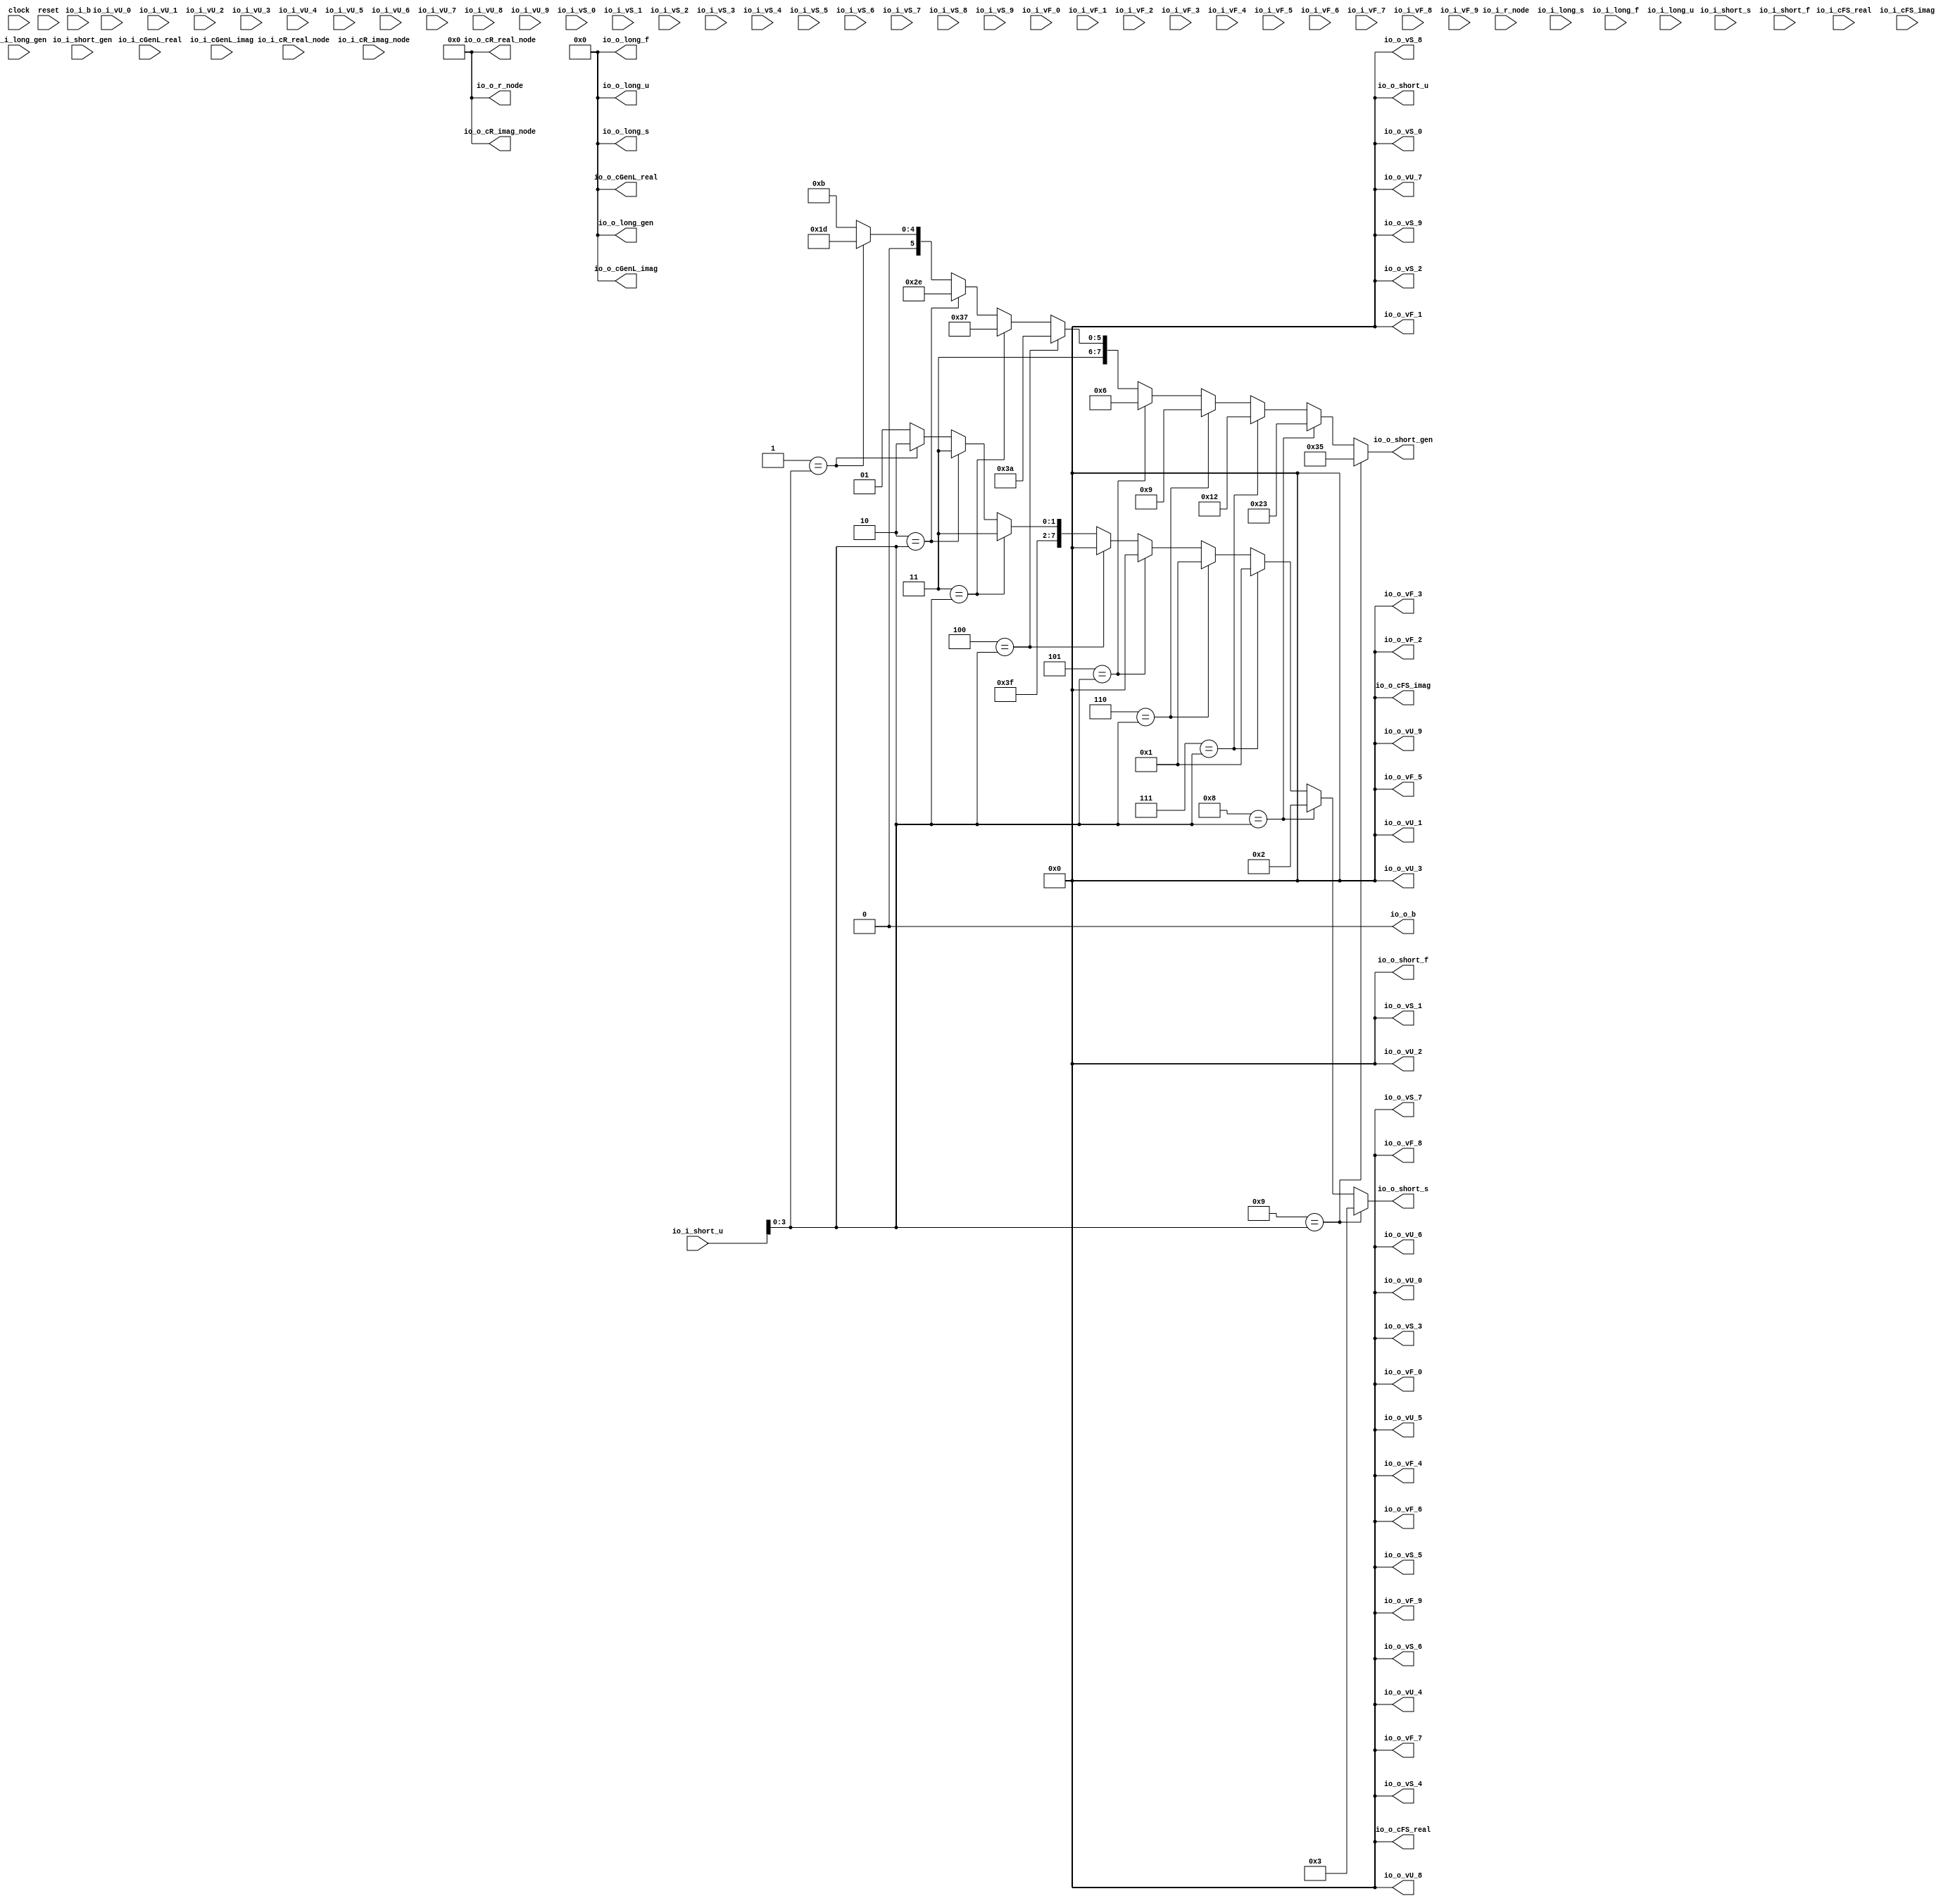
module SimpleLitModule(
  input         clock,
  input         reset,
  input  [63:0] io_i_r_node,
  input         io_i_b,
  input  [15:0] io_i_cGenL_real,
  input  [15:0] io_i_cGenL_imag,
  input  [7:0]  io_i_cFS_real,
  input  [7:0]  io_i_cFS_imag,
  input  [63:0] io_i_cR_real_node,
  input  [63:0] io_i_cR_imag_node,
  input  [7:0]  io_i_short_gen,
  input  [7:0]  io_i_short_s,
  input  [7:0]  io_i_short_f,
  input  [7:0]  io_i_short_u,
  input  [15:0] io_i_long_gen,
  input  [15:0] io_i_long_s,
  input  [15:0] io_i_long_f,
  input  [15:0] io_i_long_u,
  input  [7:0]  io_i_vU_0,
  input  [7:0]  io_i_vU_1,
  input  [7:0]  io_i_vU_2,
  input  [7:0]  io_i_vU_3,
  input  [7:0]  io_i_vU_4,
  input  [7:0]  io_i_vU_5,
  input  [7:0]  io_i_vU_6,
  input  [7:0]  io_i_vU_7,
  input  [7:0]  io_i_vU_8,
  input  [7:0]  io_i_vU_9,
  input  [7:0]  io_i_vS_0,
  input  [7:0]  io_i_vS_1,
  input  [7:0]  io_i_vS_2,
  input  [7:0]  io_i_vS_3,
  input  [7:0]  io_i_vS_4,
  input  [7:0]  io_i_vS_5,
  input  [7:0]  io_i_vS_6,
  input  [7:0]  io_i_vS_7,
  input  [7:0]  io_i_vS_8,
  input  [7:0]  io_i_vS_9,
  input  [7:0]  io_i_vF_0,
  input  [7:0]  io_i_vF_1,
  input  [7:0]  io_i_vF_2,
  input  [7:0]  io_i_vF_3,
  input  [7:0]  io_i_vF_4,
  input  [7:0]  io_i_vF_5,
  input  [7:0]  io_i_vF_6,
  input  [7:0]  io_i_vF_7,
  input  [7:0]  io_i_vF_8,
  input  [7:0]  io_i_vF_9,
  output [63:0] io_o_r_node,
  output        io_o_b,
  output [15:0] io_o_cGenL_real,
  output [15:0] io_o_cGenL_imag,
  output [7:0]  io_o_cFS_real,
  output [7:0]  io_o_cFS_imag,
  output [63:0] io_o_cR_real_node,
  output [63:0] io_o_cR_imag_node,
  output [7:0]  io_o_short_gen,
  output [7:0]  io_o_short_s,
  output [7:0]  io_o_short_f,
  output [7:0]  io_o_short_u,
  output [15:0] io_o_long_gen,
  output [15:0] io_o_long_s,
  output [15:0] io_o_long_f,
  output [15:0] io_o_long_u,
  output [7:0]  io_o_vU_0,
  output [7:0]  io_o_vU_1,
  output [7:0]  io_o_vU_2,
  output [7:0]  io_o_vU_3,
  output [7:0]  io_o_vU_4,
  output [7:0]  io_o_vU_5,
  output [7:0]  io_o_vU_6,
  output [7:0]  io_o_vU_7,
  output [7:0]  io_o_vU_8,
  output [7:0]  io_o_vU_9,
  output [7:0]  io_o_vS_0,
  output [7:0]  io_o_vS_1,
  output [7:0]  io_o_vS_2,
  output [7:0]  io_o_vS_3,
  output [7:0]  io_o_vS_4,
  output [7:0]  io_o_vS_5,
  output [7:0]  io_o_vS_6,
  output [7:0]  io_o_vS_7,
  output [7:0]  io_o_vS_8,
  output [7:0]  io_o_vS_9,
  output [7:0]  io_o_vF_0,
  output [7:0]  io_o_vF_1,
  output [7:0]  io_o_vF_2,
  output [7:0]  io_o_vF_3,
  output [7:0]  io_o_vF_4,
  output [7:0]  io_o_vF_5,
  output [7:0]  io_o_vF_6,
  output [7:0]  io_o_vF_7,
  output [7:0]  io_o_vF_8,
  output [7:0]  io_o_vF_9
);
  wire [7:0] _GEN_1 = 4'h1 == io_i_short_u[3:0] ? $signed(-8'sh23) : $signed(-8'sh35); // @[SimpleTBwGenTypeOption.scala 173:18 SimpleTBwGenTypeOption.scala 173:18]
  wire [7:0] _GEN_2 = 4'h2 == io_i_short_u[3:0] ? $signed(-8'sh12) : $signed(_GEN_1); // @[SimpleTBwGenTypeOption.scala 173:18 SimpleTBwGenTypeOption.scala 173:18]
  wire [7:0] _GEN_3 = 4'h3 == io_i_short_u[3:0] ? $signed(-8'sh9) : $signed(_GEN_2); // @[SimpleTBwGenTypeOption.scala 173:18 SimpleTBwGenTypeOption.scala 173:18]
  wire [7:0] _GEN_4 = 4'h4 == io_i_short_u[3:0] ? $signed(-8'sh6) : $signed(_GEN_3); // @[SimpleTBwGenTypeOption.scala 173:18 SimpleTBwGenTypeOption.scala 173:18]
  wire [7:0] _GEN_5 = 4'h5 == io_i_short_u[3:0] ? $signed(8'sh6) : $signed(_GEN_4); // @[SimpleTBwGenTypeOption.scala 173:18 SimpleTBwGenTypeOption.scala 173:18]
  wire [7:0] _GEN_6 = 4'h6 == io_i_short_u[3:0] ? $signed(8'sh9) : $signed(_GEN_5); // @[SimpleTBwGenTypeOption.scala 173:18 SimpleTBwGenTypeOption.scala 173:18]
  wire [7:0] _GEN_7 = 4'h7 == io_i_short_u[3:0] ? $signed(8'sh12) : $signed(_GEN_6); // @[SimpleTBwGenTypeOption.scala 173:18 SimpleTBwGenTypeOption.scala 173:18]
  wire [7:0] _GEN_8 = 4'h8 == io_i_short_u[3:0] ? $signed(8'sh23) : $signed(_GEN_7); // @[SimpleTBwGenTypeOption.scala 173:18 SimpleTBwGenTypeOption.scala 173:18]
  wire [7:0] _GEN_11 = 4'h1 == io_i_short_u[3:0] ? $signed(-8'sh2) : $signed(-8'sh3); // @[SimpleTBwGenTypeOption.scala 174:16 SimpleTBwGenTypeOption.scala 174:16]
  wire [7:0] _GEN_12 = 4'h2 == io_i_short_u[3:0] ? $signed(-8'sh1) : $signed(_GEN_11); // @[SimpleTBwGenTypeOption.scala 174:16 SimpleTBwGenTypeOption.scala 174:16]
  wire [7:0] _GEN_13 = 4'h3 == io_i_short_u[3:0] ? $signed(-8'sh1) : $signed(_GEN_12); // @[SimpleTBwGenTypeOption.scala 174:16 SimpleTBwGenTypeOption.scala 174:16]
  wire [7:0] _GEN_14 = 4'h4 == io_i_short_u[3:0] ? $signed(8'sh0) : $signed(_GEN_13); // @[SimpleTBwGenTypeOption.scala 174:16 SimpleTBwGenTypeOption.scala 174:16]
  wire [7:0] _GEN_15 = 4'h5 == io_i_short_u[3:0] ? $signed(8'sh0) : $signed(_GEN_14); // @[SimpleTBwGenTypeOption.scala 174:16 SimpleTBwGenTypeOption.scala 174:16]
  wire [7:0] _GEN_16 = 4'h6 == io_i_short_u[3:0] ? $signed(8'sh1) : $signed(_GEN_15); // @[SimpleTBwGenTypeOption.scala 174:16 SimpleTBwGenTypeOption.scala 174:16]
  wire [7:0] _GEN_17 = 4'h7 == io_i_short_u[3:0] ? $signed(8'sh1) : $signed(_GEN_16); // @[SimpleTBwGenTypeOption.scala 174:16 SimpleTBwGenTypeOption.scala 174:16]
  wire [7:0] _GEN_18 = 4'h8 == io_i_short_u[3:0] ? $signed(8'sh2) : $signed(_GEN_17); // @[SimpleTBwGenTypeOption.scala 174:16 SimpleTBwGenTypeOption.scala 174:16]
  assign io_o_r_node = 64'h0;
  assign io_o_b = 1'h0;
  assign io_o_cGenL_real = 16'sh0;
  assign io_o_cGenL_imag = 16'sh0;
  assign io_o_cFS_real = 8'sh0;
  assign io_o_cFS_imag = 8'sh0;
  assign io_o_cR_real_node = 64'h0;
  assign io_o_cR_imag_node = 64'h0;
  assign io_o_short_gen = 4'h9 == io_i_short_u[3:0] ? $signed(8'sh35) : $signed(_GEN_8); // @[SimpleTBwGenTypeOption.scala 173:18 SimpleTBwGenTypeOption.scala 173:18]
  assign io_o_short_s = 4'h9 == io_i_short_u[3:0] ? $signed(8'sh3) : $signed(_GEN_18); // @[SimpleTBwGenTypeOption.scala 174:16 SimpleTBwGenTypeOption.scala 174:16]
  assign io_o_short_f = 8'sh0;
  assign io_o_short_u = 8'h0;
  assign io_o_long_gen = 16'sh0;
  assign io_o_long_s = 16'sh0;
  assign io_o_long_f = 16'sh0;
  assign io_o_long_u = 16'h0;
  assign io_o_vU_0 = 8'h0;
  assign io_o_vU_1 = 8'h0;
  assign io_o_vU_2 = 8'h0;
  assign io_o_vU_3 = 8'h0;
  assign io_o_vU_4 = 8'h0;
  assign io_o_vU_5 = 8'h0;
  assign io_o_vU_6 = 8'h0;
  assign io_o_vU_7 = 8'h0;
  assign io_o_vU_8 = 8'h0;
  assign io_o_vU_9 = 8'h0;
  assign io_o_vS_0 = 8'sh0;
  assign io_o_vS_1 = 8'sh0;
  assign io_o_vS_2 = 8'sh0;
  assign io_o_vS_3 = 8'sh0;
  assign io_o_vS_4 = 8'sh0;
  assign io_o_vS_5 = 8'sh0;
  assign io_o_vS_6 = 8'sh0;
  assign io_o_vS_7 = 8'sh0;
  assign io_o_vS_8 = 8'sh0;
  assign io_o_vS_9 = 8'sh0;
  assign io_o_vF_0 = 8'sh0;
  assign io_o_vF_1 = 8'sh0;
  assign io_o_vF_2 = 8'sh0;
  assign io_o_vF_3 = 8'sh0;
  assign io_o_vF_4 = 8'sh0;
  assign io_o_vF_5 = 8'sh0;
  assign io_o_vF_6 = 8'sh0;
  assign io_o_vF_7 = 8'sh0;
  assign io_o_vF_8 = 8'sh0;
  assign io_o_vF_9 = 8'sh0;
endmodule